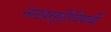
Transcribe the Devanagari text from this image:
नाट्यसृष्टीविषयी